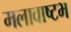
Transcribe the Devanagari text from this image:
मलावाष्टभ